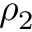
\rho _ { 2 }